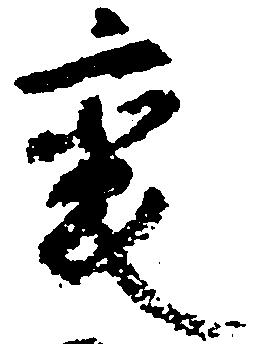
変